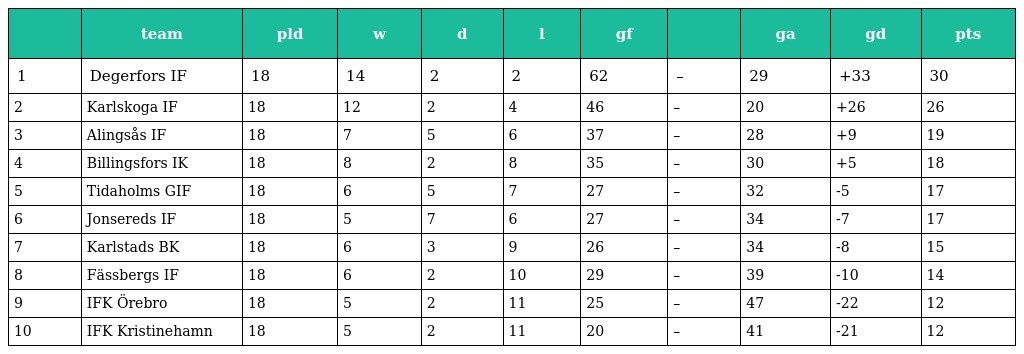
|  | team | pld | w | d | l | gf |  | ga | gd | pts |
 | --- | --- | --- | --- | --- | --- | --- | --- | --- | --- | --- |
 | 1 | Degerfors IF | 18 | 14 | 2 | 2 | 62 | – | 29 | +33 | 30 |
 | 2 | Karlskoga IF | 18 | 12 | 2 | 4 | 46 | – | 20 | +26 | 26 |
 | 3 | Alingsås IF | 18 | 7 | 5 | 6 | 37 | – | 28 | +9 | 19 |
 | 4 | Billingsfors IK | 18 | 8 | 2 | 8 | 35 | – | 30 | +5 | 18 |
 | 5 | Tidaholms GIF | 18 | 6 | 5 | 7 | 27 | – | 32 | -5 | 17 |
 | 6 | Jonsereds IF | 18 | 5 | 7 | 6 | 27 | – | 34 | -7 | 17 |
 | 7 | Karlstads BK | 18 | 6 | 3 | 9 | 26 | – | 34 | -8 | 15 |
 | 8 | Fässbergs IF | 18 | 6 | 2 | 10 | 29 | – | 39 | -10 | 14 |
 | 9 | IFK Örebro | 18 | 5 | 2 | 11 | 25 | – | 47 | -22 | 12 |
 | 10 | IFK Kristinehamn | 18 | 5 | 2 | 11 | 20 | – | 41 | -21 | 12 |